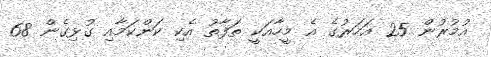
އުމުރުން 25 އަހަރުގެ އެ މީހާއަކީ ތަފާތު އެކި ކަންކަމާއި ގުޅިގެން 68